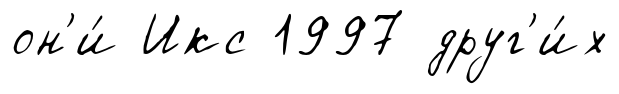
он'и́ Икс 1997 друг'и́х